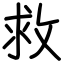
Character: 救